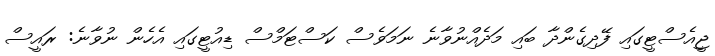
ޖީއެސްޓީގައި ފޭދިގެންދާ ބައި މަދެއްނުވާނެ ނަމަވެސް ކަސްޓަމްސް ޑިއުޓީގައި އެހެން ނުވާނެ: ރައީސް